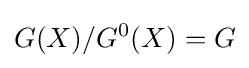
G(X)/G^{0}(X)=G